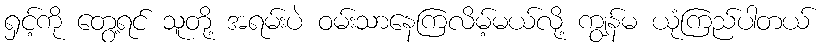
ရှင့်ကို တွေ့ရင် သူတို့ အရမ်းပဲ ဝမ်းသာနေကြလိမ့်မယ်လို့ ကျွန်မ ယုံကြည်ပါတယ်